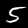
Label: 5